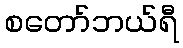
စတော်ဘယ်ရီ